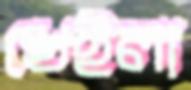
খেইলা